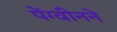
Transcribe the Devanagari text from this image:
पेंग्वीनने